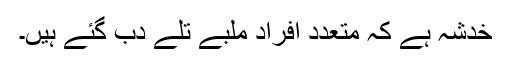
خدشہ ہے کہ متعدد افراد ملبے تلے دب گئے ہیں۔